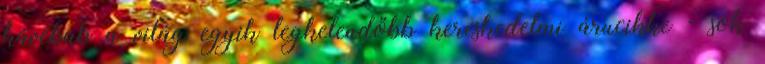
kávébab a világ egyik legkelendőbb kereskedelmi árucikke - sok